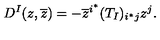
D ^ { I } ( z , \overline { z } ) = - \overline { z } ^ { i ^ { * } } ( T _ { I } ) _ { i ^ { * } j } z ^ { j } .